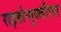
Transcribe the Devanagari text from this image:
राइबोन्युक्लीएस